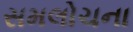
સમલોચના